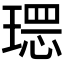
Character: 𱯒